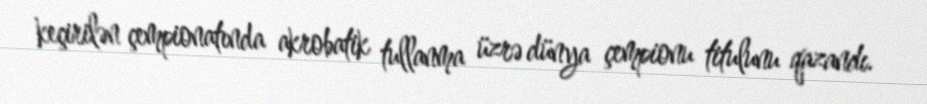
keçirilən çempionatında akrobatik tullanma üzrə dünya çempionu titulunu qazandı.